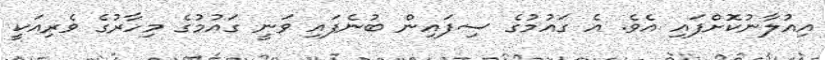
އިއުލާނުކޮށްފައި އެވެ. އެ ގައުމުގެ ސިފައިން ބުނެފައި ވަނީ ގައުމުގެ މިހާރުގެ ވެރިއަކީ